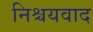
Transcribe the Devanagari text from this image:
निश्चयवाद